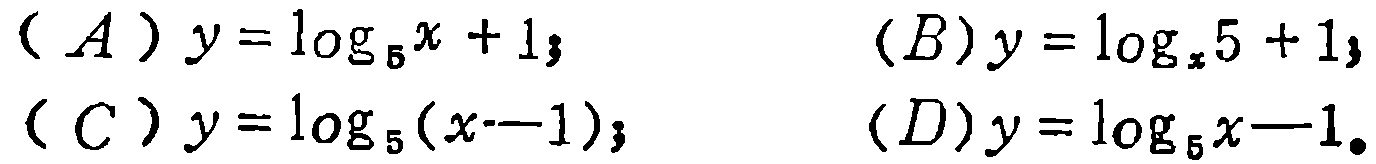
\((A) y = \log_{5}x + 1;\)
\((B) y = \log_{x}5 + 1;\)
\((C) y = \log_{5}(x - 1);\)
\((D) y = \log_{5}x - 1.\)